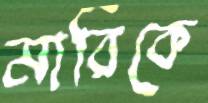
মারিকে